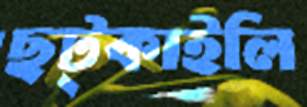
ছট্‌কাইলি